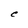
Character: C